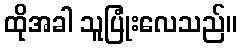
ထိုအခါ သူပြုံးလေသည်။